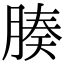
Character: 腠